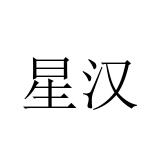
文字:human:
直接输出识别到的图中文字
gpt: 星汉